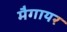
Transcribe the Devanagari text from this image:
मैगायर